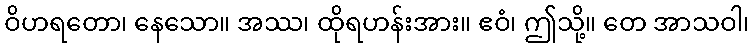
ဝိဟရတော၊ နေသော။ အဿ၊ ထိုရဟန်းအား။ ဧဝံ၊ ဤသို့။ တေ အာသဝါ၊